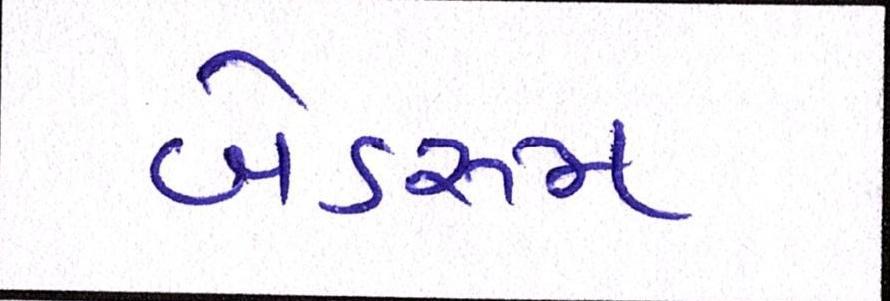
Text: બેડરૂમ